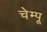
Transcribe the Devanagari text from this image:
चेम्पू